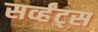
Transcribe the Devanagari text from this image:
सर्व्हंट्स